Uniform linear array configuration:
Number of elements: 12
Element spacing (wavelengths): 0.25
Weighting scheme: cosine
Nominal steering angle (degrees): -15
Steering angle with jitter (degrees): -15.707
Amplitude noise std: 0.05
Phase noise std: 0.05

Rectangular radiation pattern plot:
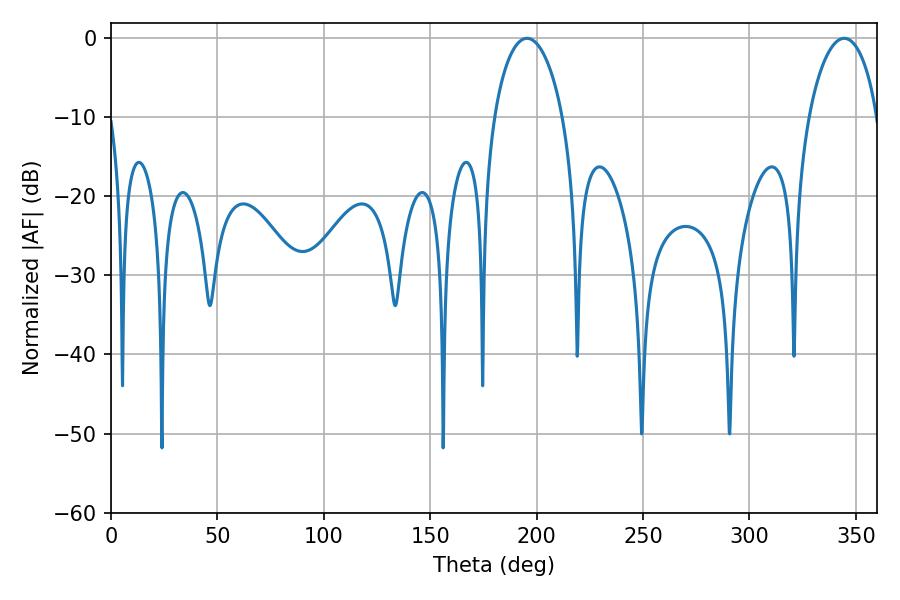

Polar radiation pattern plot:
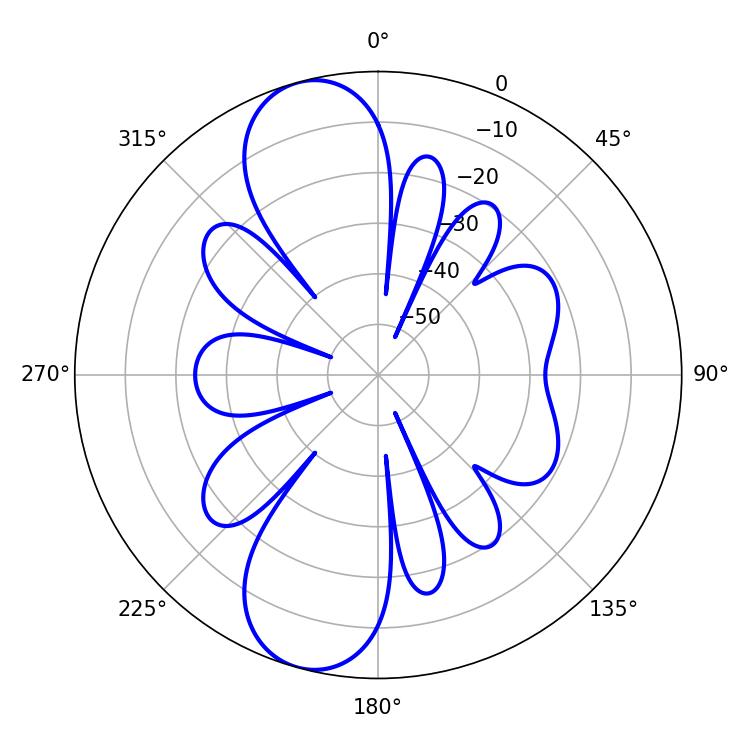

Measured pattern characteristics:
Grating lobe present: FALSE
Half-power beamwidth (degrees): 18.36
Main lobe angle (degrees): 195.48